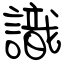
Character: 識